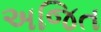
અજિત